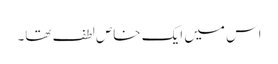
اس میں ایک خاص لطف تھا۔